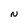
Character: N